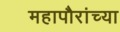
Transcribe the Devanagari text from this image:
महापौरांच्या